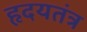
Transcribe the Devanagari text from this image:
हृदयतंत्र